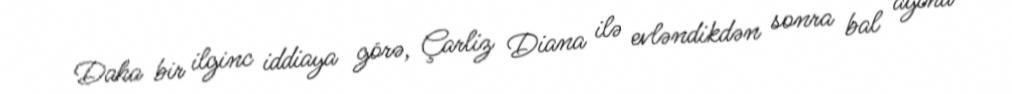
Daha bir ilginc iddiaya görə, Çarliz Diana ilə evləndikdən sonra bal ayına